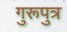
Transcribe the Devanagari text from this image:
गुरूपुत्र